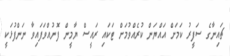
ޗައިނާގެ ސަފީރު ކަމަށް އައްޔަން ކުރެއްވުމަށް ޓަކައި ރައީސް ޔާމީން ފޮނުއްވަފައިވާ ނަންފުޅަކީ